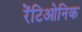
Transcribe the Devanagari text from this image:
रेंटिओनिक